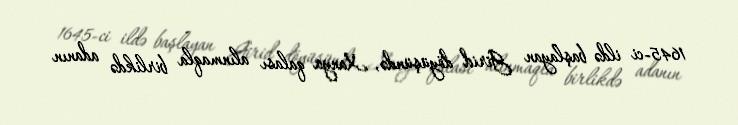
1645-ci ildə başlayan Girid döyüşündə, Xanya qalası alınmaqla birlikdə adanın